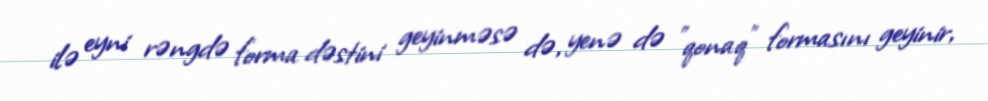
ilə eyni rəngdə forma dəstini geyinməsə də, yenə də "qonaq" formasını geyinir,